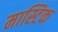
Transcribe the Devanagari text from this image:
मास्टिक